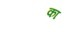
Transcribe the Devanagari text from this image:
का